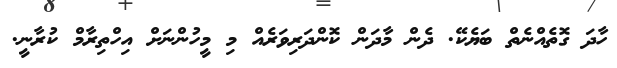
ހާދަ ގޮތެއްނެތް ބަޔެކޭ. ދެން މާދަން ކޮންދަރިވަރެއް މި މީހުންނަށް އިހްތިރާމް ކުރާނީ.